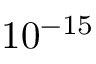
1 0 ^ { - 1 5 }